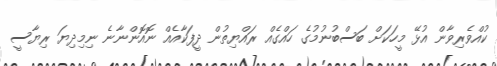
ކުއްވެރިވާން އުޅޭ މީހަކަށް ބަސްބުނުމުގެ ހައްގެއް ރައްޔިތުން ދީފަކާއެއް ނޮއޮންނާނެ ނިމިދިޔަ ރިޔާސީ